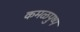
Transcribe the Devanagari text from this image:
कमळपुष्प